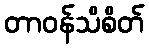
တာဝန်သိစိတ်